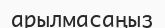
арылмасаңыз